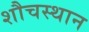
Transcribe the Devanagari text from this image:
शौचस्थान